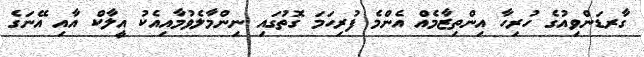
ގާރޑަންވިއުގެ ހުރިހާ އިންތިޒާމެއް އެންމެ ފުރިހަމަ ގޮތުގައި ނިންމާލެވުމާއިއެކު އީލާކް އާއި އޭނަގެ